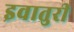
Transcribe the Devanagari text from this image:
इवातुरी